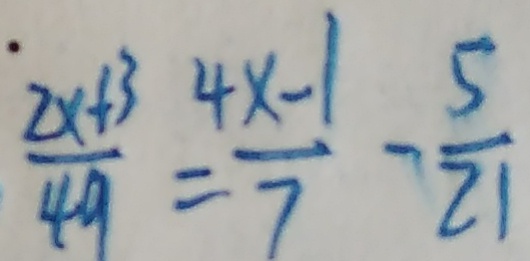
\frac { 2 x + 3 } { 4 9 } = \frac { 4 x - 1 } { 7 } - \frac { 5 } { 2 1 }